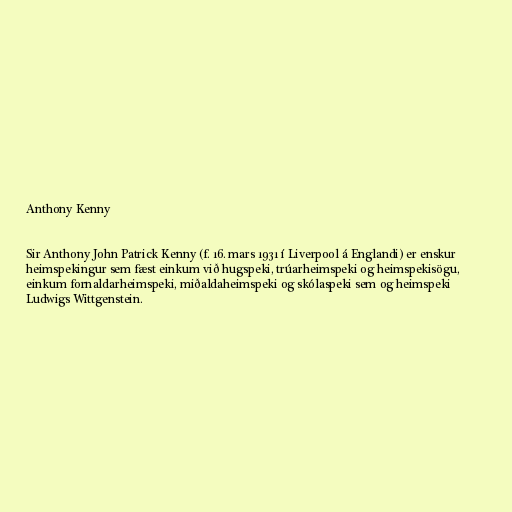
Anthony Kenny

Sir Anthony John Patrick Kenny (f. 16. mars 1931 í Liverpool á Englandi) er enskur
heimspekingur sem fæst einkum við hugspeki, trúarheimspeki og heimspekisögu,
einkum fornaldarheimspeki, miðaldaheimspeki og skólaspeki sem og heimspeki
Ludwigs Wittgenstein.